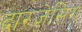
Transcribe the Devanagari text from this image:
दारजेसिंग